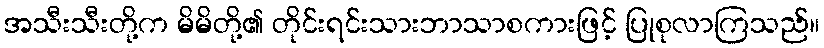
အသီးသီးတို့က မိမိတို့၏ တိုင်းရင်းသားဘာသာစကားဖြင့် ပြုစုလာကြသည်။